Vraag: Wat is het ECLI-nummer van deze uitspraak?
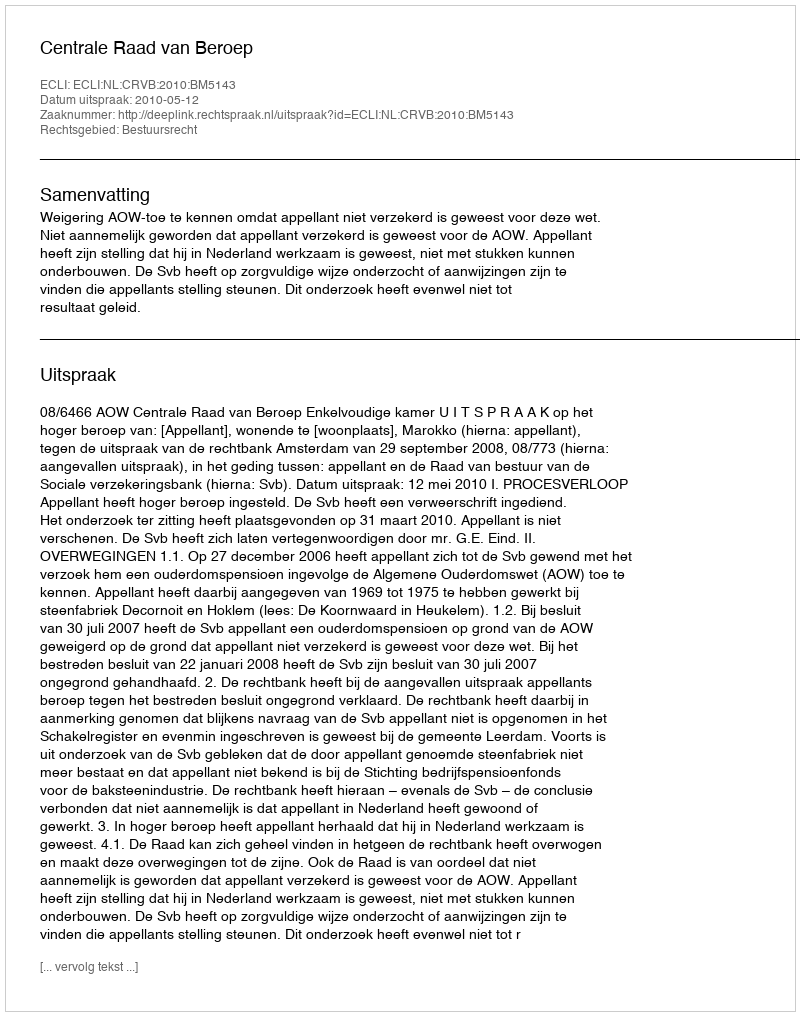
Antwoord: ECLI:NL:CRVB:2010:BM5143